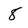
Character: 8